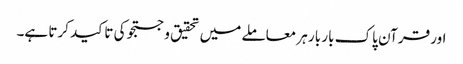
اور قرآن پاک بار بار ہر معاملے میں تحقیق و جستجو کی تاکید کرتا ہے۔